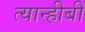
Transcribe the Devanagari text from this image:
त्यान्हीबी